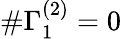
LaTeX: \# \Gamma_{1}^{(2)}=0